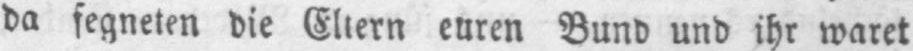
da segneten die Eltern euren Bund und ihr waret